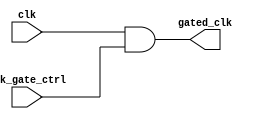
module clock_gating_cell (
    input wire clk,                // Primary clock signal
    input wire clk_gate_ctrl,      // Clock gating control signal
    output wire gated_clk          // Gated clock output
);

    // Internal signal to simulate the gating logic
    wire gated_clk_n;

    // Clock gating logic using behavioral modeling
    assign gated_clk = clk & clk_gate_ctrl; // AND gate implementation

endmodule